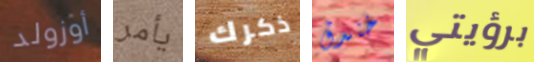
أوزولد يأمر ذكرك خندق برؤيتي